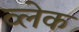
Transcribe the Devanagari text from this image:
व्लेक